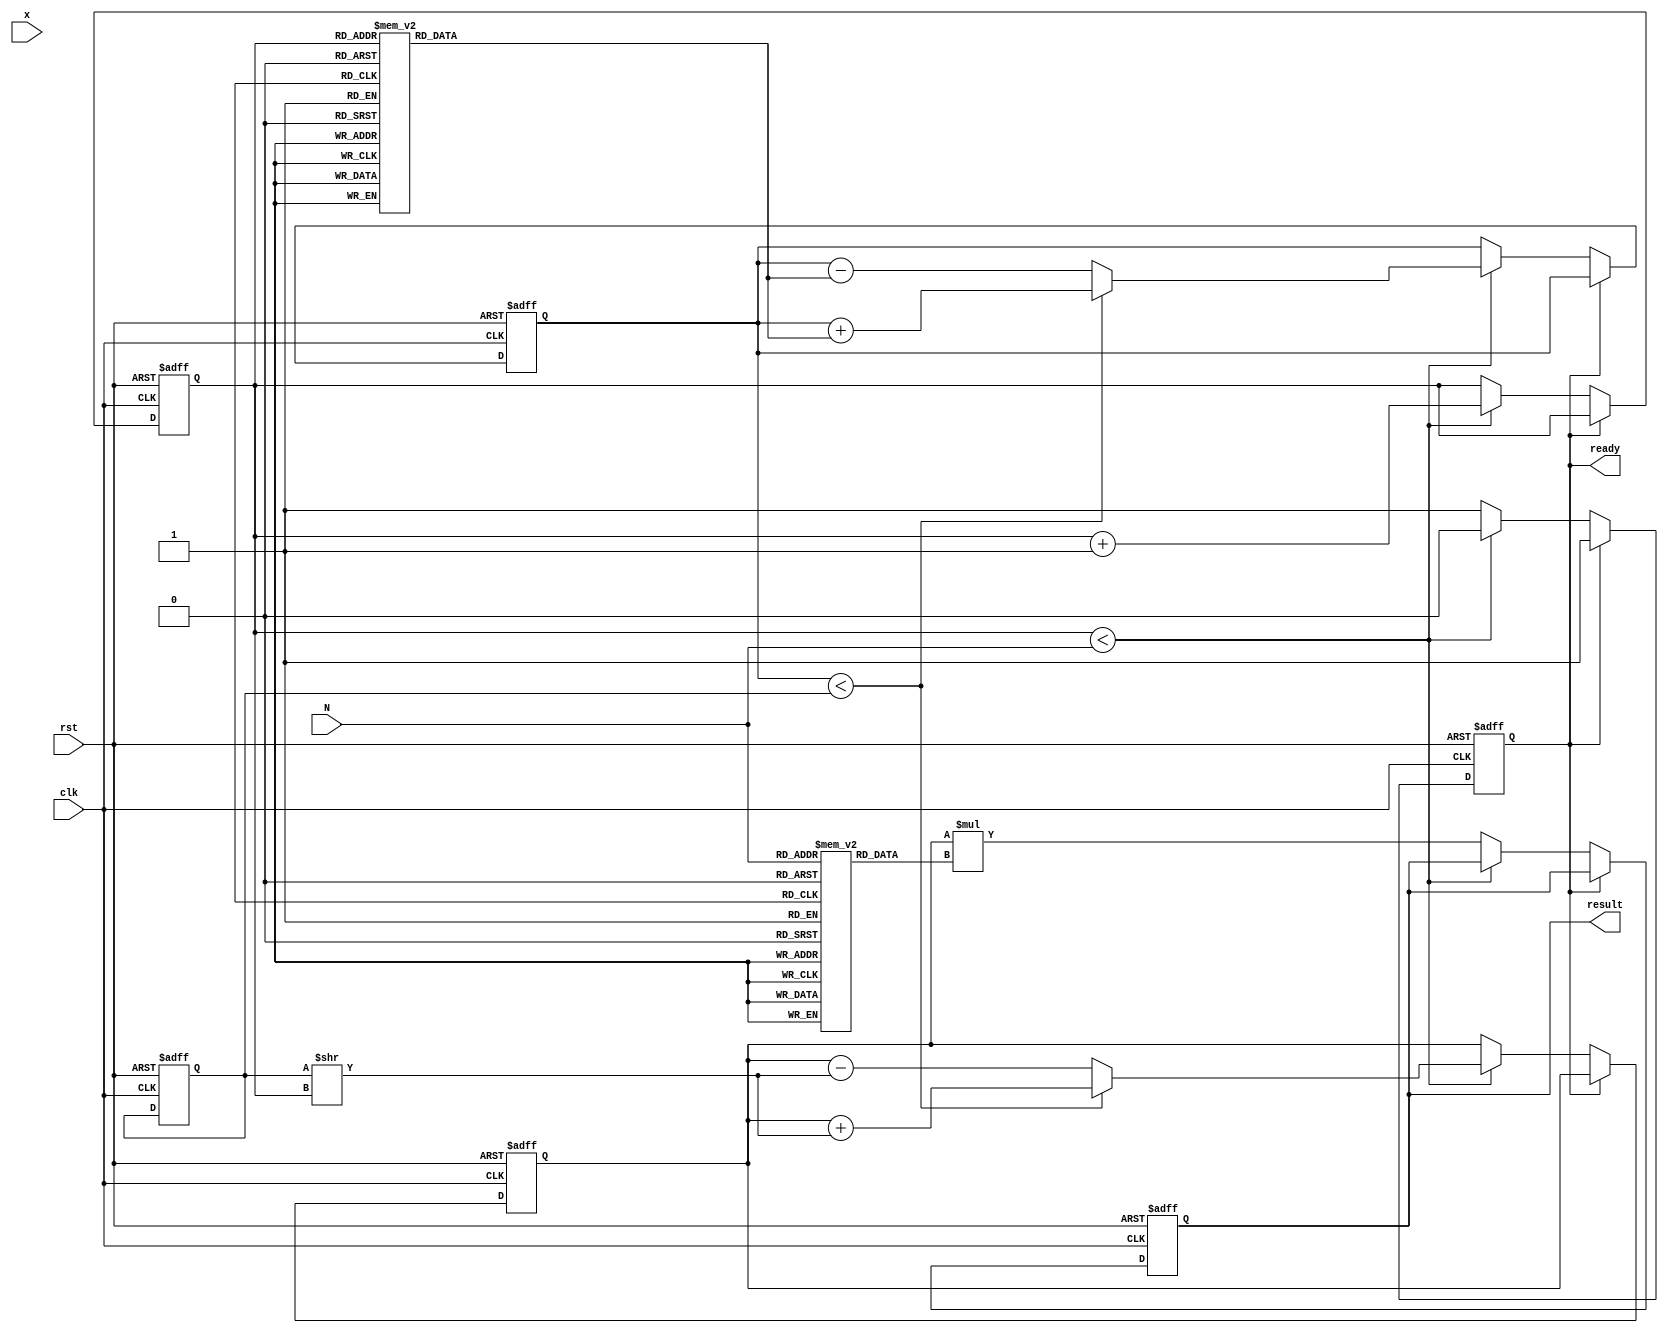
module cordic_exponential (
    input wire clk,
    input wire rst,
    input wire [15:0] x, // Input value for e^x (fixed-point representation)
    input wire [3:0] N,   // Number of iterations (precision)
    output reg [31:0] result, // Output result for e^x (fixed-point representation)
    output reg ready // Output signal to indicate completion
);

    // CORDIC constants (for e^x)
    reg [15:0] angles [0:15]; // Angles for CORDIC iterations
    reg [31:0] scaling_factors [0:15]; // Scaling factors for each iteration
    reg [15:0] x_reg; // Register for input x
    reg [31:0] y_reg; // Register for y value (initially 0)
    reg [31:0] z_reg; // Register for angle (initially 0)
    reg [3:0] iter; // Iteration counter

    // Initialize constants
    initial begin
        // Pre-computed angles for e^x (in fixed-point)
        angles[0] = 16'h0000; // 0
        angles[1] = 16'h4000; // pi/4
        angles[2] = 16'h2000; // pi/8
        angles[3] = 16'h1000; // pi/16
        angles[4] = 16'h0800; // pi/32
        angles[5] = 16'h0400; // pi/64
        angles[6] = 16'h0200; // pi/128
        angles[7] = 16'h0100; // pi/256
        // Add more angles as needed...

        // Pre-computed scaling factors
        scaling_factors[0] = 32'h00000001; // 1.0
        scaling_factors[1] = 32'h000000B6; // 1/sqrt(2)
        scaling_factors[2] = 32'h0000005A; // 1/sqrt(2^2)
        scaling_factors[3] = 32'h0000002D; // 1/sqrt(2^3)
        // Add more scaling factors as needed...
    end

    // State machine for CORDIC iterations
    always @(posedge clk or posedge rst) begin
        if (rst) begin
            result <= 32'h00000000;
            ready <= 1'b0;
            iter <= 4'b0;
            x_reg <= 16'h0000;
            y_reg <= 32'h00000000; // y starts at 0
            z_reg <= 32'h00000000; // z starts at 0
        end else if (!ready) begin
            if (iter < N) begin
                // Perform CORDIC iteration
                if (z_reg < x_reg) begin
                    // Counter-clockwise rotation
                    y_reg <= y_reg + (x_reg >> iter);
                    z_reg <= z_reg + angles[iter];
                end else begin
                    // Clockwise rotation
                    y_reg <= y_reg - (x_reg >> iter);
                    z_reg <= z_reg - angles[iter];
                end
                iter <= iter + 1;
            end else begin
                // Apply scaling factor
                result <= y_reg * scaling_factors[N]; // Scale the result
                ready <= 1'b1; // Indicate that the result is ready
            end
        end
    end
endmodule